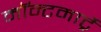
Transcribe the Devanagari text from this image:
मॉन्टमार्ट्रे